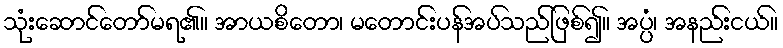
သုံးဆောင်တော်မရ၏။ အာယစိတော၊ မတောင်းပန်အပ်သည်ဖြစ်၍။ အပ္ပံ၊ အနည်းငယ်။